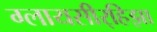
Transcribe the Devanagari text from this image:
ग्लायसीर्‍हिझा